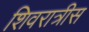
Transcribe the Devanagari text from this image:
शिवरात्रीस